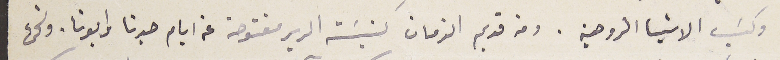
وكسَب الاشيا الروحية. ومن قديم الزمان كنيسَة الدير مفتوحة عن ايام جدنا وابونا. ونحن